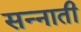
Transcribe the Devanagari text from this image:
सन्नाती